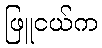
ဖြူငယ်က